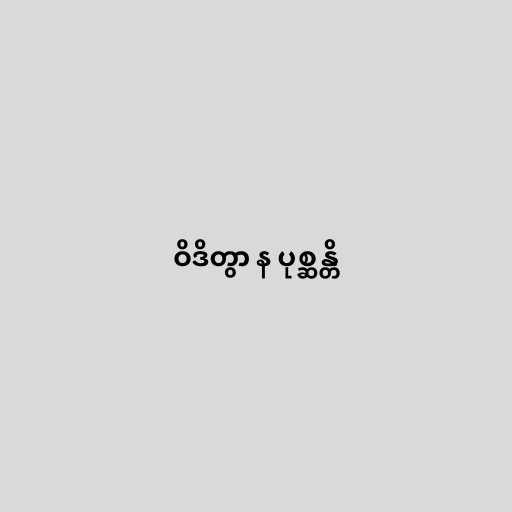
ဝိဒိတွာ န ပုစ္ဆန္တိ